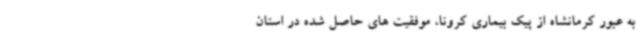
به عبور کرمانشاه از پیک بیماری کرونا، موفقیت های حاصل شده در استان